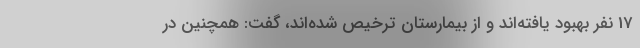
17 نفر بهبود یافته‌اند و از بیمارستان ترخیص شده‌اند، گفت: همچنین در